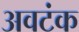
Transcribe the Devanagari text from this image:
अवटंक